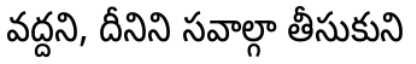
వద్దని, దీనిని సవాల్గా తీసుకుని